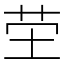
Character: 茔